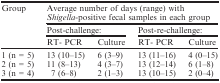
<table><thead><tr><td rowspan="3"><b>Group</b></td><td colspan="4"><b>Average number of days (range) with <i>Shigella</i>-positive fecal samples in each group</b></td></tr><tr><td colspan="2"><b>Post-challenge:</b></td><td colspan="2"><b>Post-re-challenge:</b></td></tr><tr><td><b>RT- PCR</b></td><td><b>Culture</b></td><td><b>RT- PCR</b></td><td><b>Culture</b></td></tr></thead><tbody><tr><td>1 (n = 5)</td><td>13 (10–15)</td><td>6 (3–9)</td><td>13 (11–16)</td><td>4 (0–15)</td></tr><tr><td>2 (n = 5)</td><td>11 (8–13)</td><td>4 (3–7)</td><td>13 (12–14)</td><td>6 (1–8)</td></tr><tr><td>3 (n = 4)</td><td>7 (6–8)</td><td>2 (1–3)</td><td>13 (10–15)</td><td>2 (0–4)</td></tr></tbody></table>